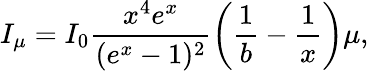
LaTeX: I_{\mu}=I_{0}\frac{x^{4}e^{x}}{(e^{x}-1)^{2}}\left(\frac{1}{b}-\frac{1}{x}\right)\mu,